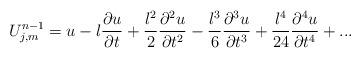
LaTeX: \begin{align*}U_{j,m}^{n-1}=u-l\frac{\partial u}{\partial t}+\frac{l^{2}}{2}\frac{\partial^{2}u}{\partial t^{2}}-\frac{l^{3}}{6}\frac{\partial ^{3}u}{\partial t^{3}}+\frac{l^{4}}{24}\frac{\partial ^{4}u}{\partial t^{4}}+... \end{align*}